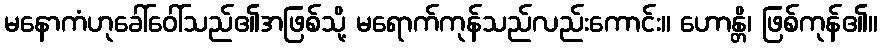
မနောကံဟုခေါ်ဝေါ်သည်၏အဖြစ်သို့ မရောက်ကုန်သည်လည်းကောင်း။ ဟောန္တိ၊ ဖြစ်ကုန်၏။